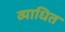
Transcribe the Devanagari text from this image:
व्याधित